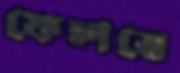
ফেলতে